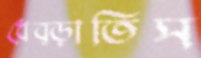
ধেব্‌ড়াতিস